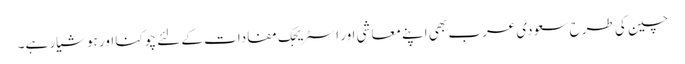
چین کی طرح سعودی عرب بھی اپنے معاشی اور اسٹریجک مفادات کے لئے چوکنا اور ہوشیار ہے۔